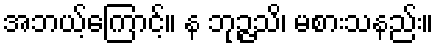
အဘယ့်ကြောင့်။ န ဘုဉ္ဇသိ၊ မစားသနည်း။